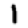
Digit: 1